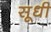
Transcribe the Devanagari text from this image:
सूधी